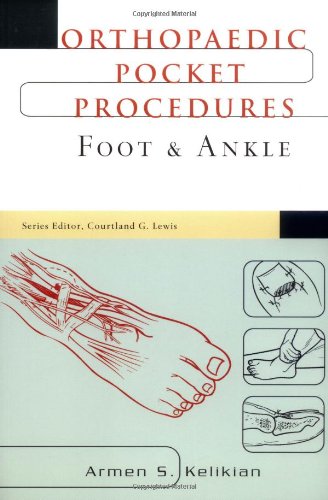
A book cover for Orthopaedic Pocket Procedure Series: Foot & Ankle; Armen S. Kelikian; Medical Books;